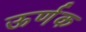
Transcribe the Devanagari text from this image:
ऊर्णक